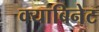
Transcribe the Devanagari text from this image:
क्याबिनेट